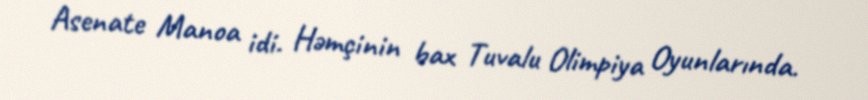
Asenate Manoa idi. Həmçinin bax Tuvalu Olimpiya Oyunlarında.